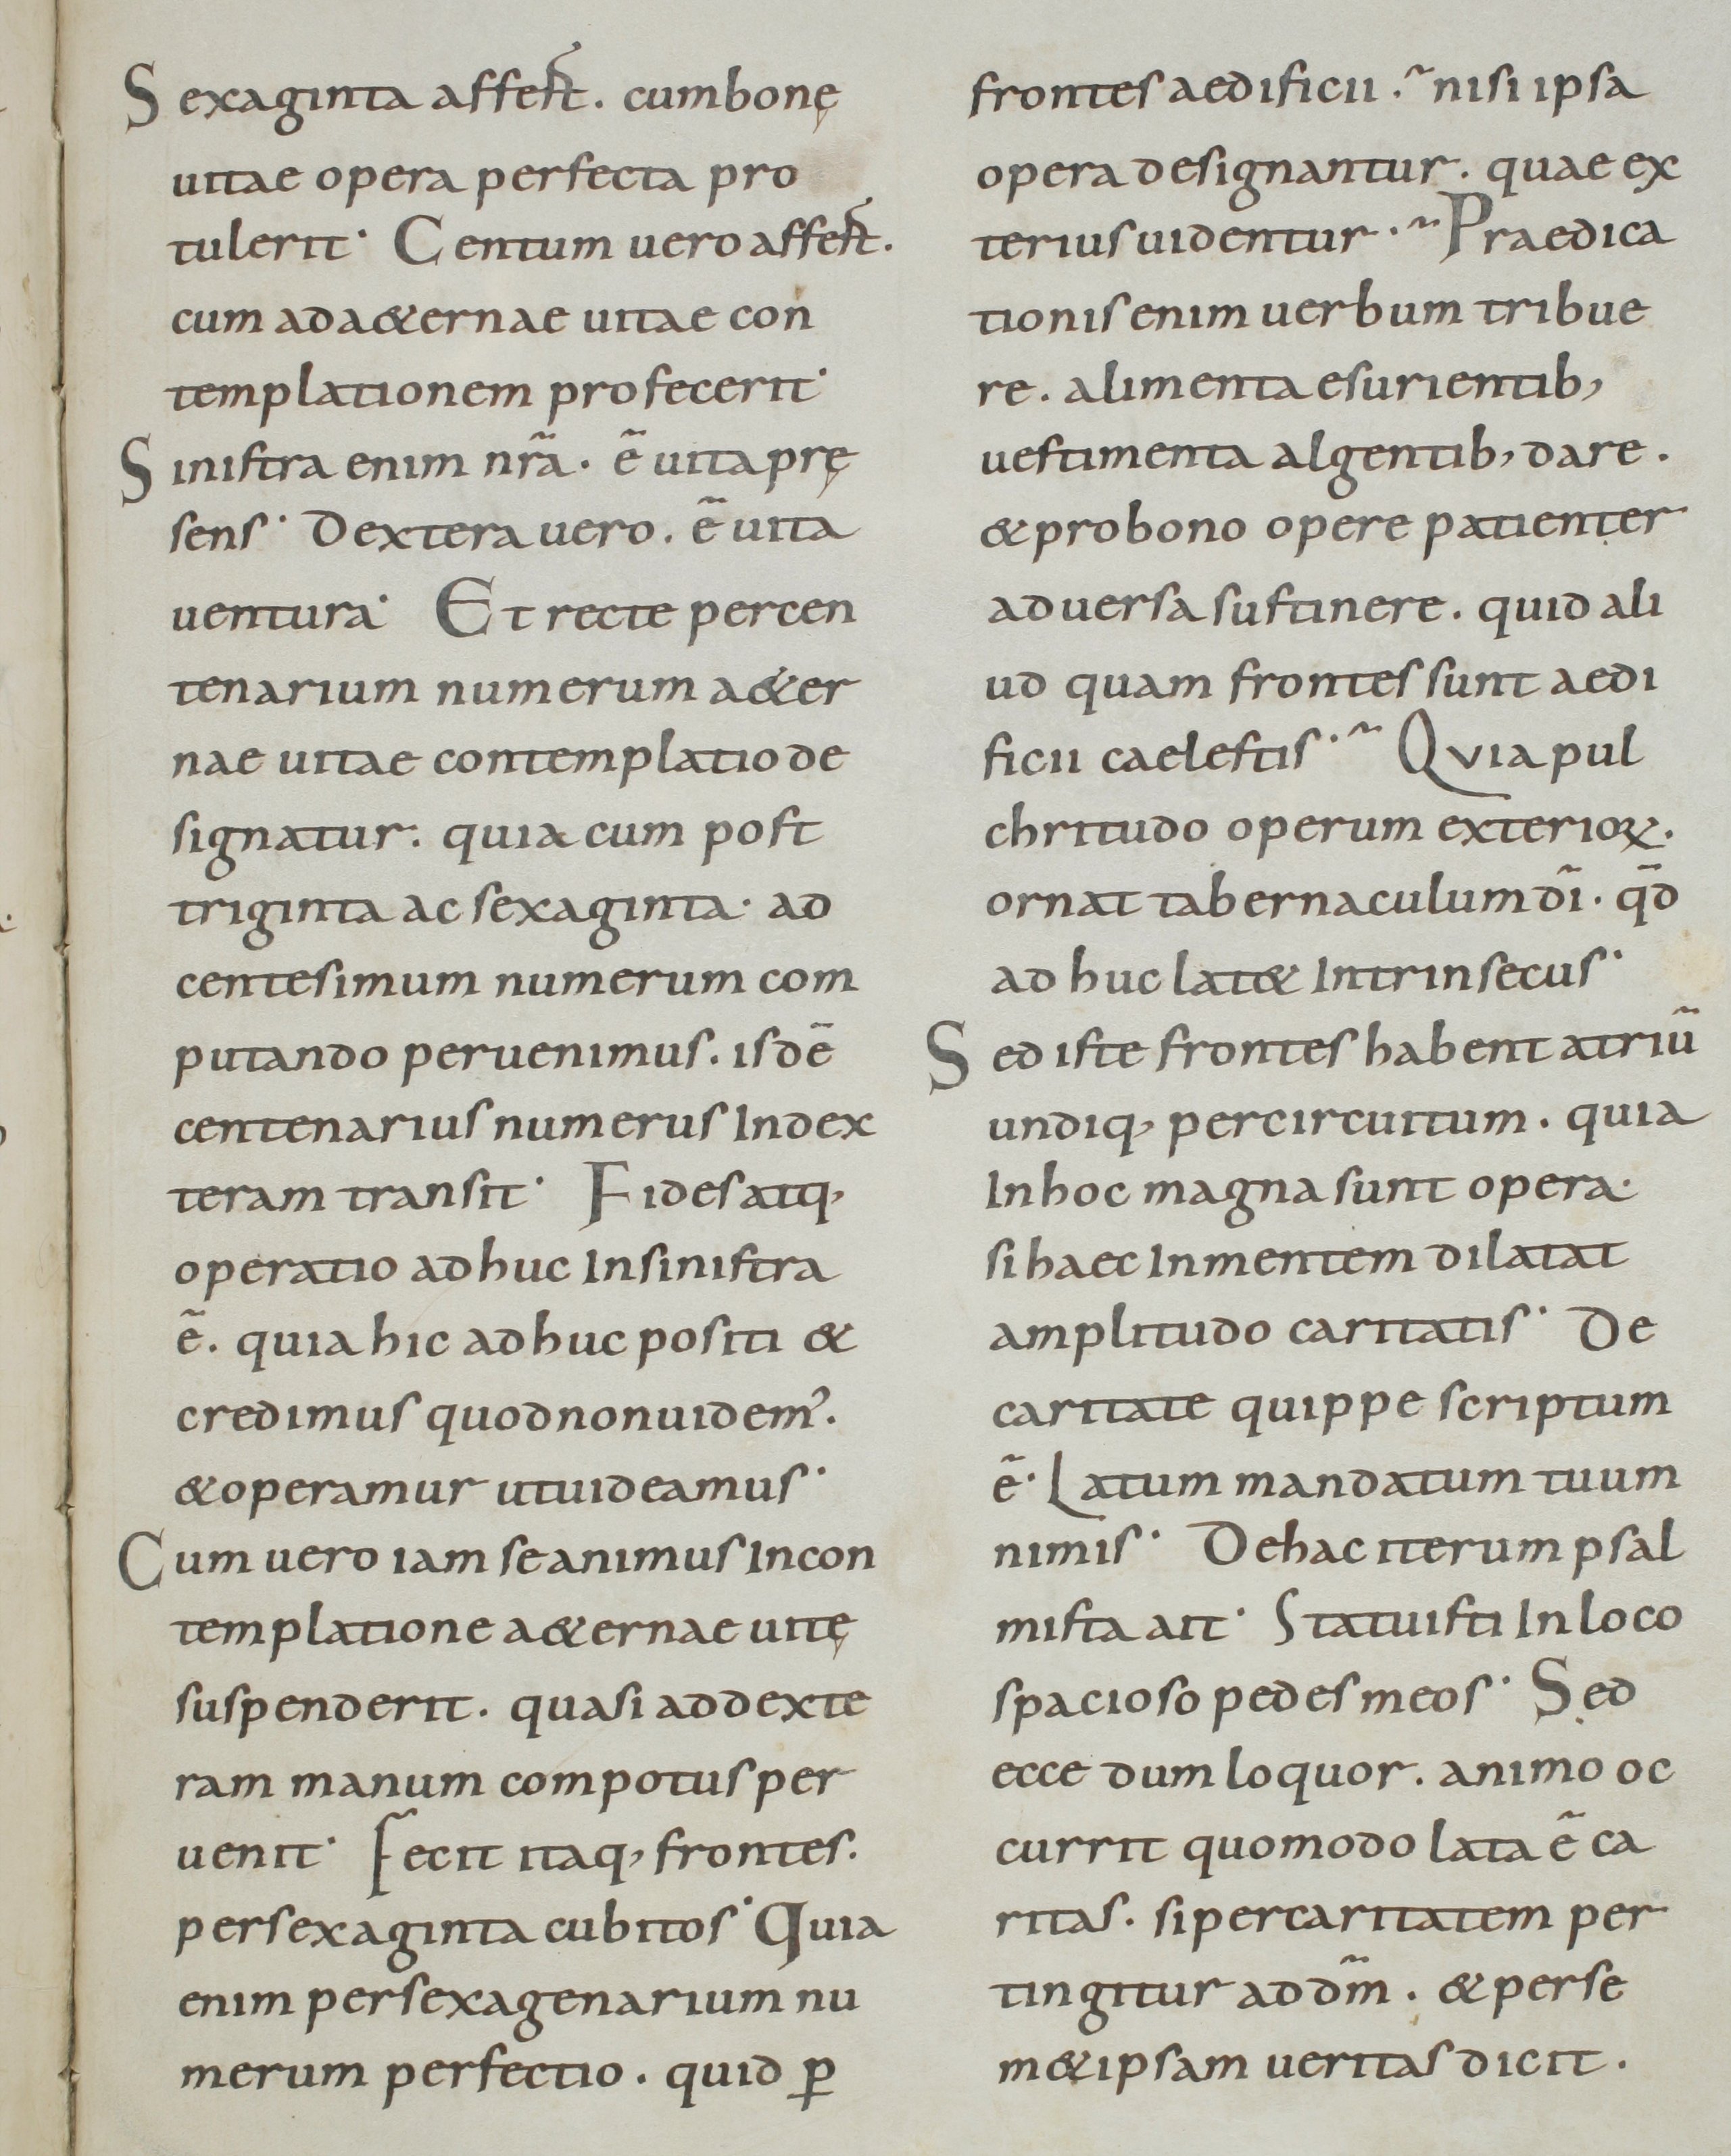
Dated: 800–899